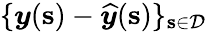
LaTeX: \{ \boldsymbol{y}(\mathbf{s})-\boldsymbol{\widehat{y}}(\mathbf{s})\} _{\mathbf{s}\in\mathcal{D}}